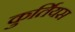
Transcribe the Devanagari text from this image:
कुर्तियस